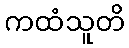
ကထံသူတိ